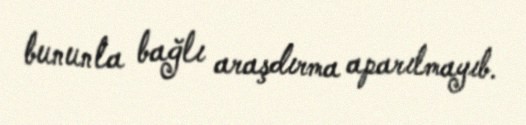
bununla bağlı araşdırma aparılmayıb.